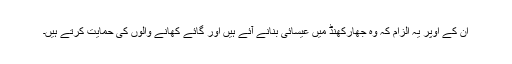
ان کے اوپر یہ الزام کہ وہ جھارکھنڈ میں عیسائی بنانے آئے ہیں اور گائے کھانے والوں کی حمایت کرتے ہیں۔